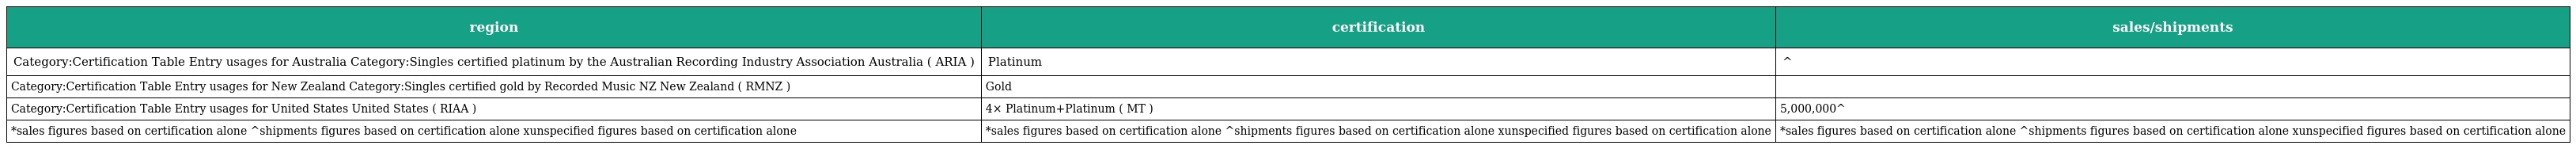
| region | certification | sales/shipments |
 | --- | --- | --- |
 | Category:Certification Table Entry usages for Australia Category:Singles certified platinum by the Australian Recording Industry Association Australia ( ARIA ) | Platinum | ^ |
 | Category:Certification Table Entry usages for New Zealand Category:Singles certified gold by Recorded Music NZ New Zealand ( RMNZ ) | Gold |  |
 | Category:Certification Table Entry usages for United States United States ( RIAA ) | 4× Platinum+Platinum ( MT ) | 5,000,000^ |
 | *sales figures based on certification alone ^shipments figures based on certification alone xunspecified figures based on certification alone | *sales figures based on certification alone ^shipments figures based on certification alone xunspecified figures based on certification alone | *sales figures based on certification alone ^shipments figures based on certification alone xunspecified figures based on certification alone |